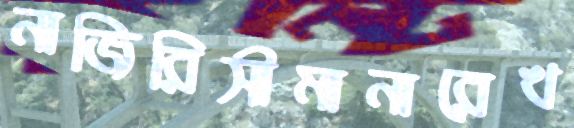
নাজিরিসীমানারেখ